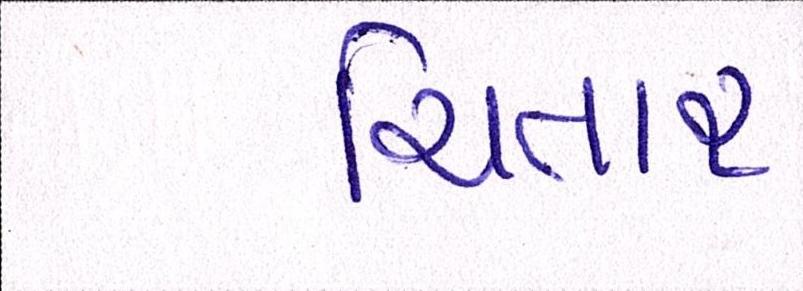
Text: ચિતાર